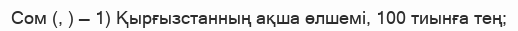
Cом (, ) — 1) Қырғызстанның ақша өлшемі, 100 тиынға тең;